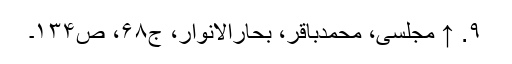
۹. ↑ مجلسی، محمدباقر، بحارالانوار، ج۶۸، ص۱۳۴۔